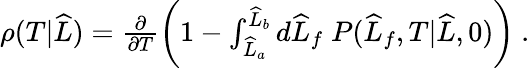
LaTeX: \begin{array}{r}{\rho(T|\widehat{L})=\frac{\partial}{\partial T}\left(1-\int_{\widehat{L}_{a}}^{\widehat{L}_{b}}d\widehat{L}_{f}\; P(\widehat{L}_{f},T|\widehat{L},0)\right)\ .}\end{array}